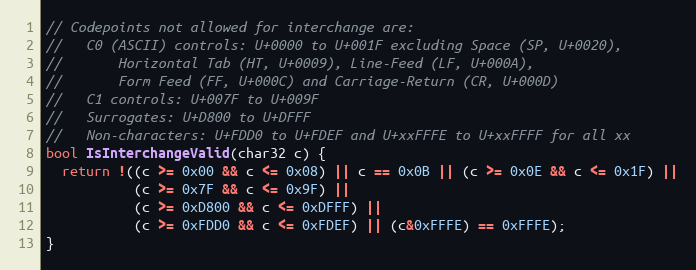
Language: C++
// Codepoints not allowed for interchange are:
//   C0 (ASCII) controls: U+0000 to U+001F excluding Space (SP, U+0020),
//       Horizontal Tab (HT, U+0009), Line-Feed (LF, U+000A),
//       Form Feed (FF, U+000C) and Carriage-Return (CR, U+000D)
//   C1 controls: U+007F to U+009F
//   Surrogates: U+D800 to U+DFFF
//   Non-characters: U+FDD0 to U+FDEF and U+xxFFFE to U+xxFFFF for all xx
bool IsInterchangeValid(char32 c) {
  return !((c >= 0x00 && c <= 0x08) || c == 0x0B || (c >= 0x0E && c <= 0x1F) ||
           (c >= 0x7F && c <= 0x9F) ||
           (c >= 0xD800 && c <= 0xDFFF) ||
           (c >= 0xFDD0 && c <= 0xFDEF) || (c&0xFFFE) == 0xFFFE);
}